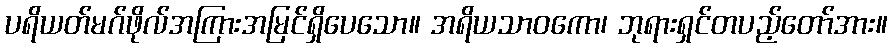
ပရိယတ်မဂ်ဖိုလ်အကြားအမြင်ရှိပေသော။ အရိယသာဝကော၊ ဘုရားရှင်တပည့်တော်အား။